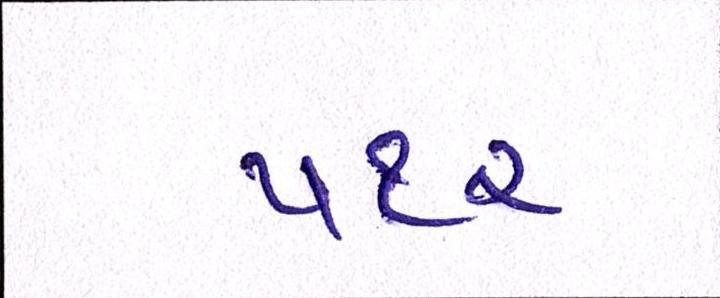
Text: ૫૧૨